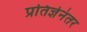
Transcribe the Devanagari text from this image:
प्रतिज्ञेनंतर